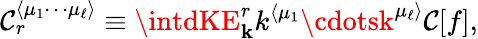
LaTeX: \mathcal{C}_{r}^{\langle\mu_{1}\cdots\mu_{\ell}\rangle}\equiv\intdKE_{\mathbf{{k}}}^{r}k^{\langle\mu_{1}}\cdotsk^{\mu_{\ell}\rangle}\mathcal{C}[f],